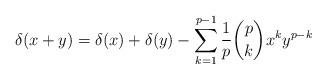
LaTeX: \begin{align*}\delta(x+y) = \delta(x) + \delta(y) - \sum_{k=1}^{p-1} \frac{1}{p} \binom{p}{k}x^k y^{p-k} \end{align*}